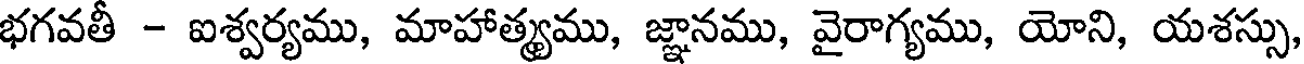
భగవతీ - ఐశ్వర్యము, మాహాత్మ్యము, జ్ఞానము, వైరాగ్యము, యోని, యశస్సు,